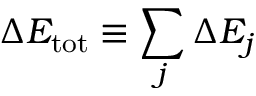
\Delta E _ { \mathrm { t o t } } \equiv \sum _ { j } \Delta E _ { j }